Scottish Leaving Certificate Examination, 1957
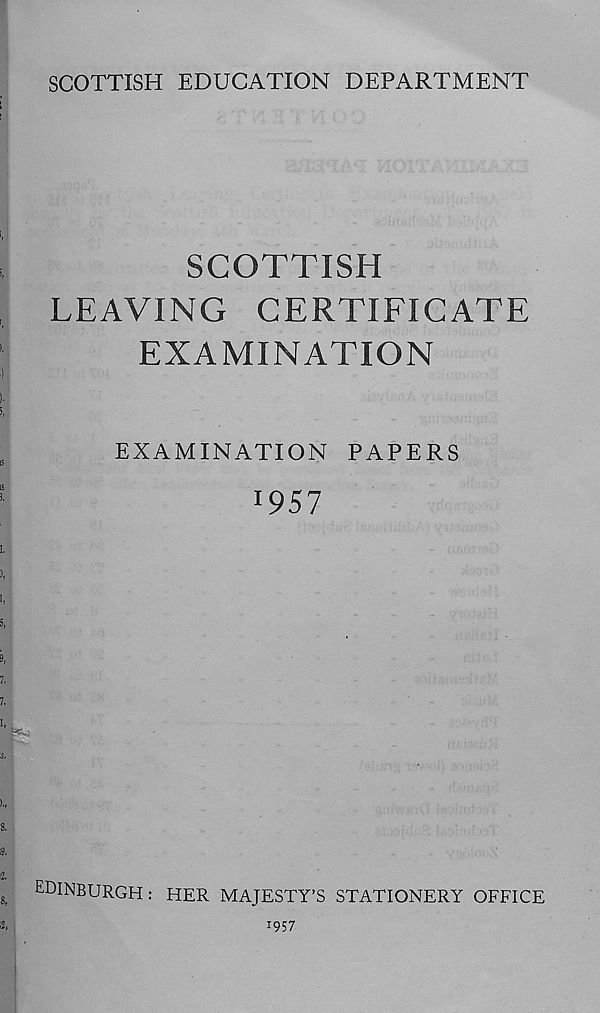
SCOTTISH EDUCATION DEPARTMENT
SCOTTISH
LEAVING CERTIFICATE
EXAMINATION
EXAMINATION PAPERS
*957
EDINBURGH: HER MAJESTY’S STATIONERY OFFICE